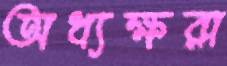
অধ্যক্ষরা